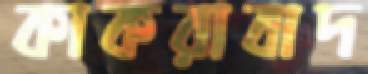
কাকরাবাদ